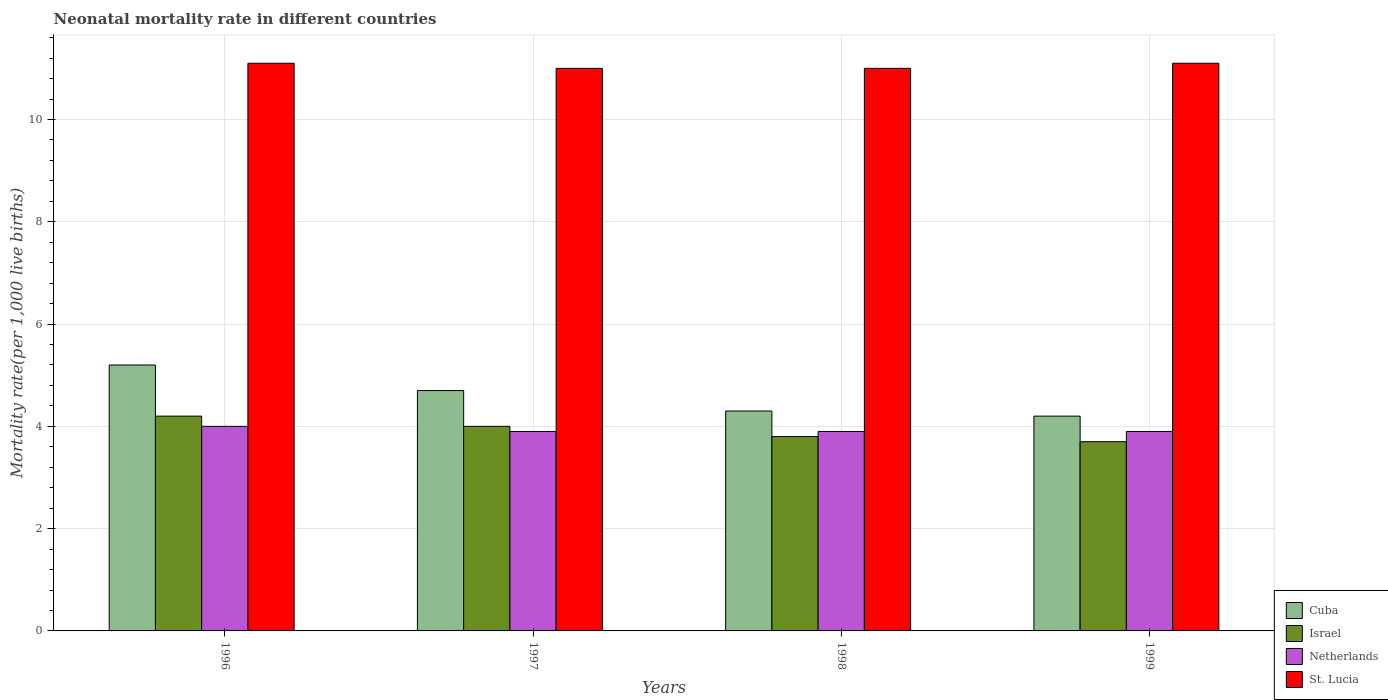
| Years | Cuba | Israel | Netherlands | St. Lucia |
 | --- | --- | --- | --- | --- |
 | 1996 | 5.2 | 4.2 | 4 | 11.1 |
 | 1997 | 4.7 | 4 | 3.9 | 11 |
 | 1998 | 4.3 | 3.8 | 3.9 | 11 |
 | 1999 | 4.2 | 3.7 | 3.9 | 11.1 |